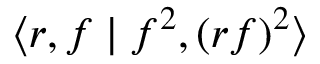
\langle r , f \mid f ^ { 2 } , ( r f ) ^ { 2 } \rangle